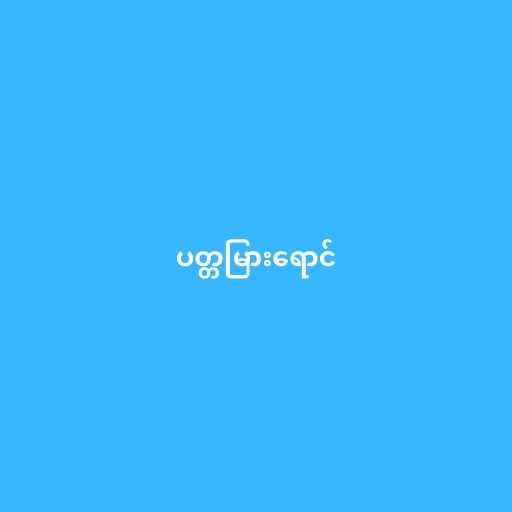
ပတ္တမြားရောင်